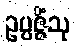
ဥပ္ပဇ္ဇိံသု